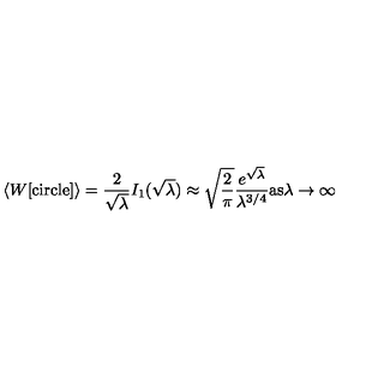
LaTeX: \langle W [ \mathrm { c i r c l e } ] \rangle = \frac { 2 } { \sqrt { \lambda } } I _ { 1 } ( \sqrt { \lambda } ) \approx \sqrt { \frac { 2 } { \pi } } \frac { e ^ { \sqrt { \lambda } } } { \lambda ^ { 3 / 4 } } \mathrm { a s } \lambda \to \infty